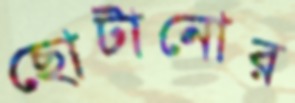
ছোটানোর